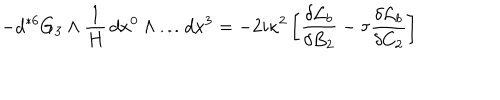
LaTeX: - d { } ^ { * 6 } G _ { 3 } \wedge \frac { 1 } { H } \, d x ^ { 0 } \wedge \dots d x ^ { 3 } = - 2 i \kappa ^ { 2 } \left[ \frac { \delta { \cal { L } } _ { b } } { \delta B _ { 2 } } - \tau \frac { \delta { \cal { L } } _ { b } } { \delta C _ { 2 } } \right]